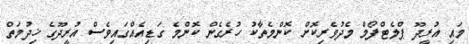
މައި އުރީދޫ ޕްލެޓްފޯމް މެދުވެރިކޮށް ކޮންމެތާކު ހުރެގެން ކޮންމެ ގަޑިއެއްގައިވެސް އުރީދޫގެ ޚިދުމަތް